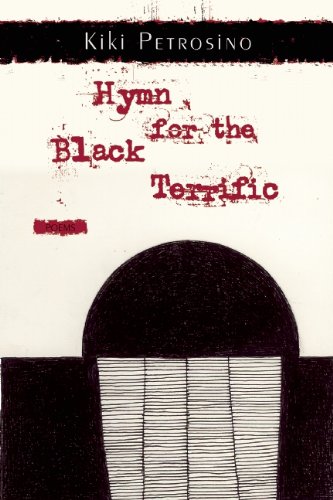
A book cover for Hymn for the Black Terrific: Poems; Kiki Petrosino; Literature & Fiction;